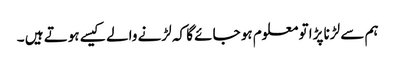
ہم سے لڑنا پڑا تو معلوم ہو جائے گا کہ لڑنے والے کیسے ہوتے ہیں ۔